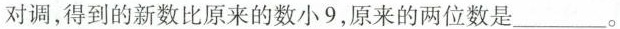
对调，得到的新数比原来的数小9，原来的两位数是___。